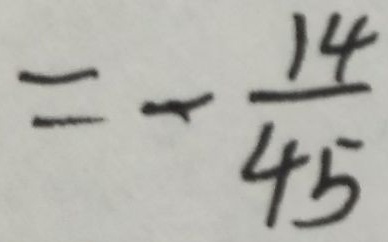
= - \frac { 1 4 } { 4 5 }